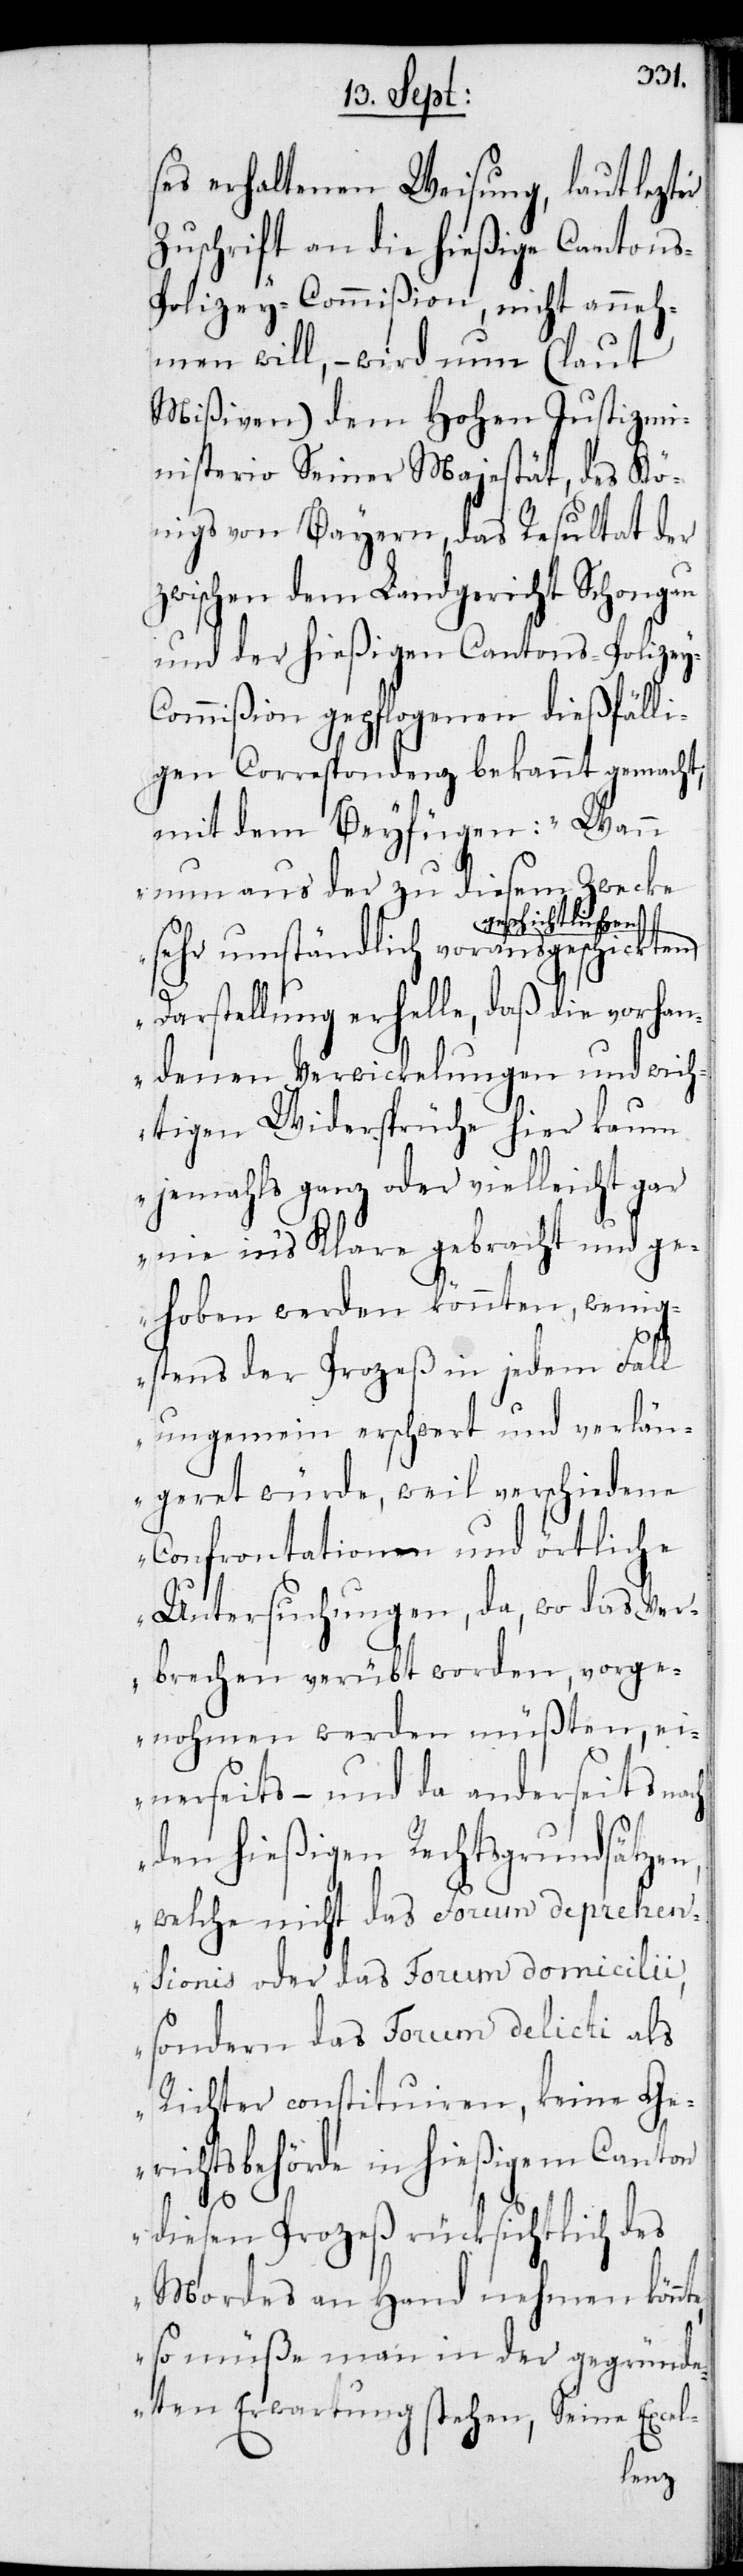
te,
ses erhaltenen Weisung, laut lezter
Zuschrift an die hießige Cantons-P¬
olizey-Commißion, nicht anneh¬
men will, – wird nun (laut
Mißiven) dem Hohen Justizmi¬
nisterio Seiner Majestät des Kö¬
nigs von Bayern, das Resultat der
zwischen dem Landgericht Schongau
und der hießigen Cantons-Polize¬
y-Commißion gepflogenen dießfälli¬
gen Correspondenz bekannt gemacht;
mit dem Beyfügen: „Wann
nun aus der zu diesem Zwecke
geschichtlichen
sehr umständlich vorausgeschickten
Darstellung erhelle, daß die vorhan¬
denen Verwicklungen und wich¬
tigen Widersprüche hier kaum
jemahls ganz oder vielleicht gar
nie in’s Klare gebracht und ge¬
hoben werden könnten, wenig¬
stens der Prozeß in jedem Fall
ungemein erschwert und verlän¬
geret würde, weil verschiedene
Confrontationen und örtliche
Untersuchungen, da, wo das Ver¬
brechen verübt worden, vorge¬
nohmen werden müßten, ei¬
nerseits – und da anderseits
den hießigen Rechtsgrundsätzen,
welche nicht das Forum deprehen¬
sionis oder das Forum domicilii,
sondern das Forum delicti als
Richter constituiren, keine Ge¬
richtsbehörde in hießigem Canton
diesen Prozeß rücksichtlich des
Mordes an Hand nehmen könn¬
so müße man in der gegründe¬
ten Erwartung stehen, Seine Excel-